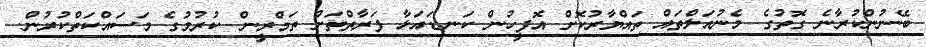
ބޭނުންކުރާނެ ގޮތުގެ މެނުއަލްތައް ތައްޔާރުކޮށް އޮފީހުން ކަނޑައަޅާ ފަރާތްތަށް ތަމްރީން ކުރުމުގެ މަސައްކަތްކުރުން.